Lunatic asylums Central Provinces reports 1874-1885 - 1874-1885
Year: 1874
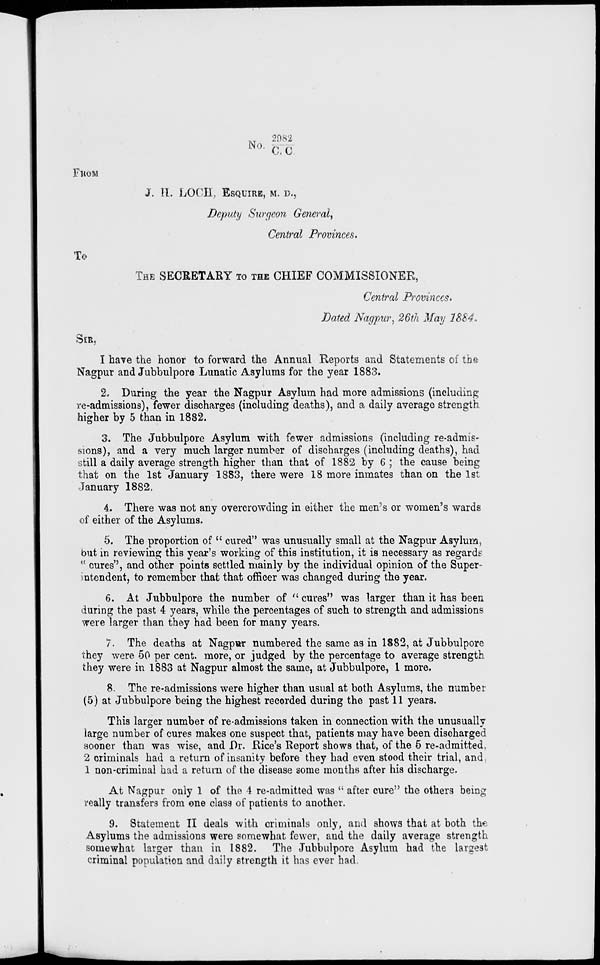
No. 2982/C. C.
FROM
J. H. LOCH, ESQUIRE, M. D.,
Deputy Surgeon General,
Central Provinces.
To
THE SECRETARY TO THE CHIEF COMMISSIONER,
Central Provinces.
Dated Nagpur, 26th May 1884.
SIR,
I have the honor to forward the Annual Reports and Statements of the
Nagpur and Jubbulpore Lunatic Asylums for the year 1883.
2. During the year the Nagpur Asylum had more admissions (including
re-admissions), fewer discharges (including deaths), and a daily average strength
higher by 5 than in 1882.
3. The Jubbulpore Asylum with fewer admissions (including re-admis-
sions), and a very much larger number of discharges (including deaths), had
still a daily average strength higher than that of 1882 by 6 ; the cause being
that on the 1st January 1883, there were 18 more inmates than on the 1st
January 1882.
4. There was not any overcrowding in either the men's or women's wards
of either of the Asylums.
5. The proportion of " cured" was unusually small at the Nagpur Asylum,
but in reviewing this year's working of this institution, it is necessary as regards
"cures'', and other points settled mainly by the individual opinion of the Super-
intendent, to remember that that officer was changed during the year.
6. At Jubbulpore the number of " cures" was larger than it has been
during the past 4 years, while the percentages of such to strength and admissions
were larger than they had been for many years.
7. The deaths at Nagpur numbered the same as in 1882, at Jubbulpore
they were 50 per cent. more, or judged by the percentage to average strength
they were in 1883 at Nagpur almost the same, at Jubbulpore, 1 more.
8. The re-admissions were higher than usual at both Asylums, the number
(5) at Jubbulpore being the highest recorded during the past 11 years.
This larger number of re-admissions taken in connection with the unusually
large number of cures makes one suspect that, patients may have been discharged
sooner than was wise, and Dr. Rice's Report shows that, of the 5 re-admitted,
2 criminals had a return of insanity before they had even stood their trial, and
1 non-criminal had a return of the disease some months after his discharge.
At Nagpur only 1 of the 4 re-admitted was " after cure" the others being
really transfers from one class of patients to another.
9. Statement II deals with criminals only, and shows that at both the
Asylums the admissions were somewhat fewer, and the daily average strength
somewhat larger than in 1882. The Jubbulpore Asylum had the largest
criminal population and daily strength it has ever had.